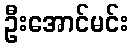
ဦးအောင်မင်း